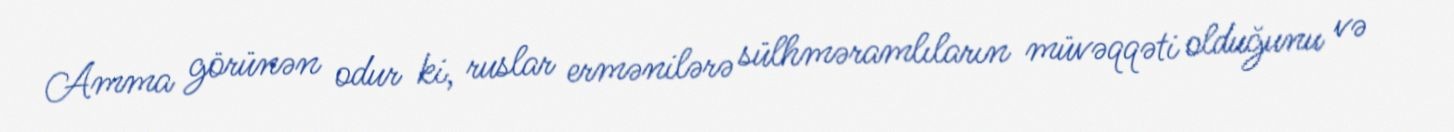
Amma görünən odur ki, ruslar ermənilərə sülhməramlıların müvəqqəti olduğunu və